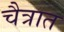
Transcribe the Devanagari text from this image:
चैत्रात